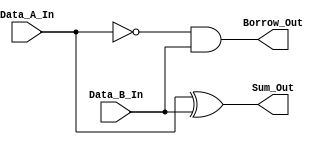
/*
**************************************************
                Half Subtractor
**************************************************

This is a verilog code, to implement a Half Subtractor.

--------------------------------------------------
Author : Prasad Narayan Ghatol
--------------------------------------------------
*/



module Half_Subtractor (
    input  Data_A_In,
    input  Data_B_In,

    output Sum_Out,
    output Borrow_Out
);



// --------------------------------------------------
// wires
// --------------------------------------------------
wire Data_Ab;



// --------------------------------------------------
// Assignments
// --------------------------------------------------
assign Data_Ab = ~Data_A_In;

assign Sum_Out = Data_A_In ^ Data_B_In;

assign Borrow_Out = Data_Ab & Data_B_In;



endmodule